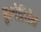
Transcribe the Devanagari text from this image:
बुल्गेरियेन